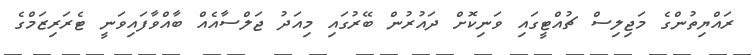
ރައްޔިތުންގެ މަޖިލިސް ޗުއްޓީގައި ވަނިކޮށް ދައުރުން ބޭރުގައި މިއަދު ޖަލްސާއެއް ބާއްވާފައިވަނީ ޓެރަރިޒަމްގެ